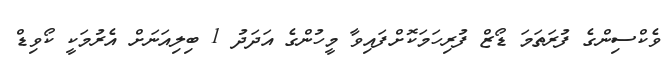
ވެކްސިންގެ ފުރަތަމަ ޑޯޒް ފުރިހަމަކޮށްފައިވާ މީހުންގެ އަދަދު 1 ބިލިއަނަށް އެރުމަކީ ކޯވިޑް